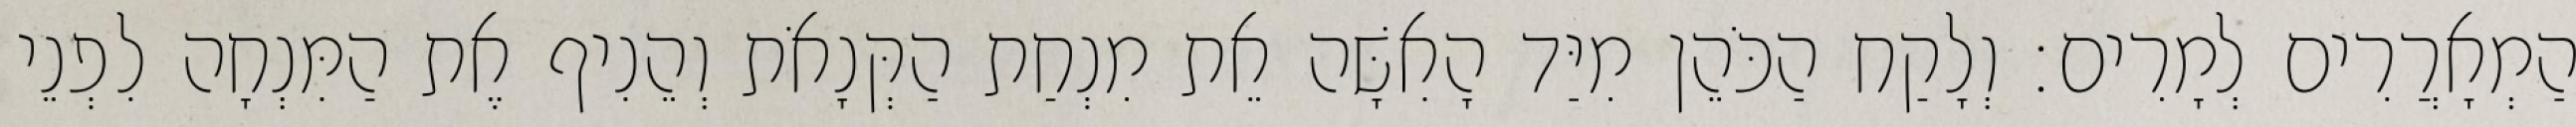
הַמְאָרֲרִים לְמָרִים׃ וְלָקַח הַכֹּהֵן מִיַּד הָאִשָּׁה אֵת מִנְחַת הַקְּנָאֹת וְהֵנִיף אֶת הַמִּנְחָה לִפְנֵי